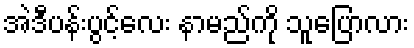
အဲဒီပန်းပွင့်လေး နာမည်ကို သူပြောလား